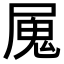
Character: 𭕩